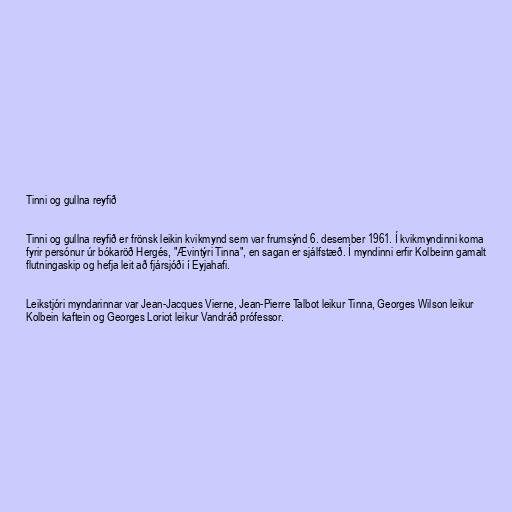
Tinni og gullna reyfið

Tinni og gullna reyfið er frönsk leikin kvikmynd sem var frumsýnd 6. desember 1961. Í kvikmyndinni koma
fyrir persónur úr bókaröð Hergés, "Ævintýri Tinna", en sagan er sjálfstæð. Í myndinni erfir Kolbeinn gamalt
flutningaskip og hefja leit að fjársjóði í Eyjahafi.

Leikstjóri myndarinnar var Jean-Jacques Vierne, Jean-Pierre Talbot leikur Tinna, Georges Wilson leikur
Kolbein kaftein og Georges Loriot leikur Vandráð prófessor.